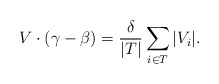
\begin{align*}V\cdot (\gamma-\beta) = \frac{\delta}{|T|} \sum_{i\in T} |V_i| .\end{align*}